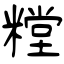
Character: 糛